Statistical return of the lunatic asylum in Assam - 1912-1932
Year: 1912
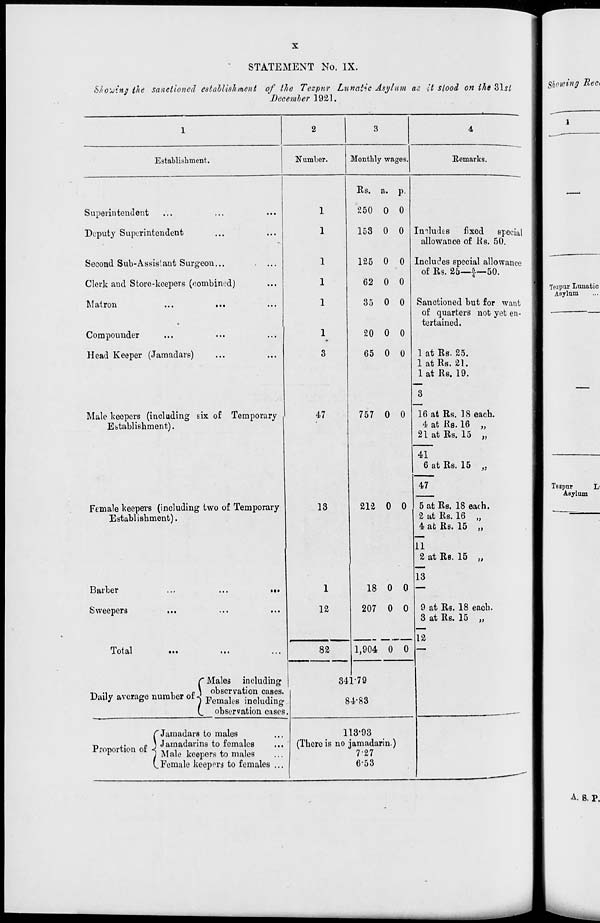
STATEMENT No. IX.
Shoeing the sanctioned establishment, of the Tezpnr
December 1921
Lunatic Asyl am ac it stood on the 31st
i Showing Rea
1
2
3
4
1
*
Establishment.
Number.
Monthly wages.
Remarks.
Rs. a. P
1
,—i
Superintendent
250 0 0
Deputy Superintendent
153 0
125 0
62 0
0
0
0
Imludcs fixed special
allowance of Rs. 50.
Includes special allowance
of Rs. 2o—f—50.
Second Sub-Assis'.aut Surgeon...
. ...
Clerk aud Store-keepers (combined)
1 Tezpur Lunatic
Matron
...
...
35 0
20 0
0
0
Sanctioned but for want
of quarters not yet en-
tertained.
1
Asylum
Com pounder
Head Keeper (Jamadars)
3
65 0 0 1 at Rs. 25.
1 at Rs. 21.
1 at Rs. 19.
3
16 at Rs. 18 each.
4 at Rs. 16 „
21 at Rs. 15 „
Male keepers (including six of Temporary
Establishment).
47
757 0 0
41
6 at Rs. 15 „
47
1 Tezpur
Li
I
Asylum
female keepers (including two of Temporary
13
212 0 0 5 at Rs. 18 each.
2 at Rs. 16 „
4 at Rs. 15 ,,
Establishment).
I
11
2 at Rs. 15 „
13
Barber
..,
...
•».
1
18 0 0 ——
Sweepers
12
207 0 0 9 at Rs. 18 each.
3 at Rs. 15 „
12
Total
...
82
1,904 0 0
f Males including
n .,
,
«\ observation cases.
Daily average number of J Femaleg inc]uding .
(_ observation cases
34 1-79
84-83
C Jamadars to males
p
.+•
f 3 Jamadarins to females
opoi ion
< ^| a j Q fc ee p ers to males
(.Female keepers to females ...
(There is
113-93
no jamadarin.)
727
6-53
A. B. V.